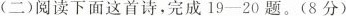
(二)阅读下面这首诗，完成19-20题。(8分)